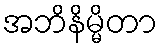
အဘိနိမ္မိတာ